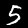
Label: 5